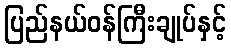
ပြည်နယ်ဝန်ကြီးချုပ်နှင့်